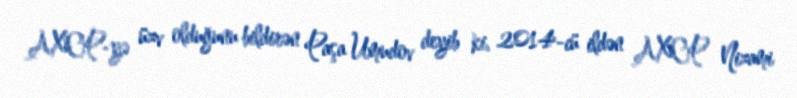
AXCP-yə üzv olduğunu bildirən Paşa Umudov deyib ki, 2014-cü ildən AXCP Nizami